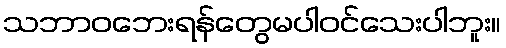
သဘာဝဘေးရန်တွေမပါဝင်သေးပါဘူး။